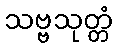
သဗ္ဗသုတ္တံ